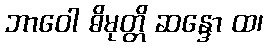
ဘာဝေါ ဓိမုတ္တိ ဆန္ဒော ထ၊